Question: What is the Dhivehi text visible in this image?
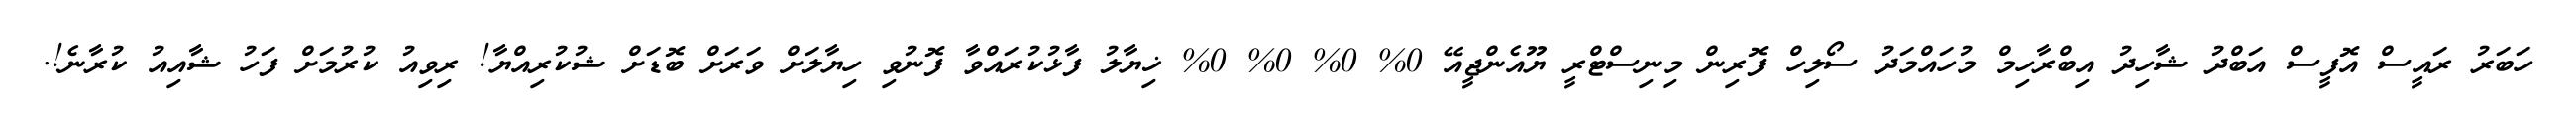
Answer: ހަބަރު ރައީސް އޮފީސް އަބްދު ޝާހިދު އިބްރާހިމް މުހައްމަދު ސޯލިހް ފޮރިން މިނިސްޓްރީ ޔޫއެންޖީއޭ 0% 0% 0% 0% ޚިޔާލު ފާޅުކުރައްވާ ފޮނުވި ހިޔާލަށް ވަރަށް ބޮޑަށް ޝުކުރިއްޔާ! ރިވިއު ކުރުމަށް ފަހު ޝާއިއު ކުރާނެ!.